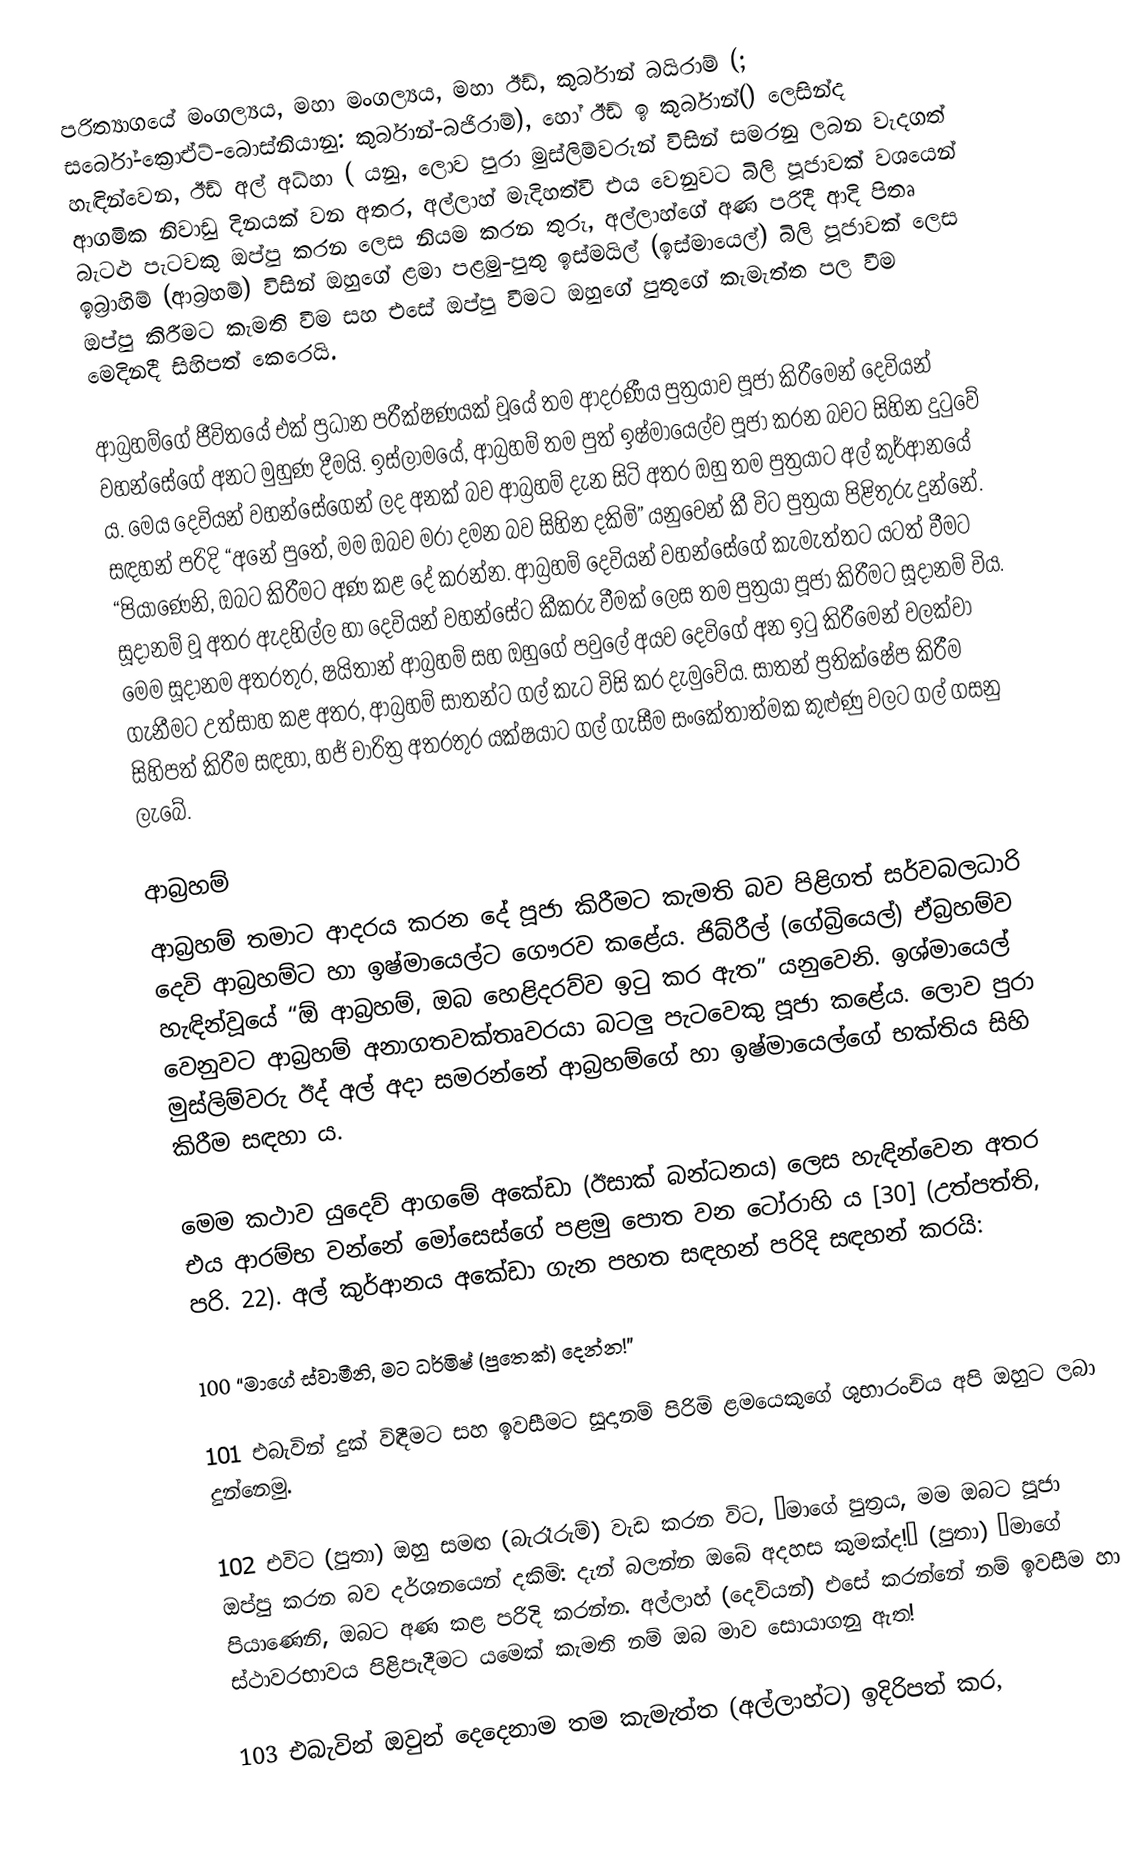
පරිත්‍යාගයේ මංගල්‍යය, මහා මංගල්‍යය, මහා ඊඩ්, කුර්බාන් බයිරාම් (; සර්බෝ-ක්‍රොඒට්-බොස්නියානු: කුර්බාන්-බජිරාම්), හෝ ඊඩ් ඉ කුර්බාන්() ලෙසින්ද හැඳින්වෙන, ඊඩ් අල් අධ්හා ( යනු, ලොව පුරා  මුස්ලිම්වරුන් විසින් සමරනු ලබන වැදගත්  ආගමික නිවාඩු දිනයක් වන අතර, අල්ලාහ් මැදිහත්වී එය වෙනුවට  බිලි පූජාවක් වශයෙන් බැටළු පැටවකු ඔප්පු කරන ලෙස නියම කරන තුරු, අල්ලාහ්ගේ අණ පරිදී  ආදි පිතෘ ඉබ්‍රාහිම් (ආබ්‍රහම්)  විසින් ඔහුගේ ළමා පළමු-පුතු  ඉස්මයිල් (ඉස්මායෙල්) බිලි පූජාවක් ලෙස ඔප්පු කිරීමට කැමති වීම සහ එසේ ඔප්පු වීමට ඔහුගේ පුතුගේ කැමැත්ත පල වීම මෙදිනදී සිහිපත් කෙරෙයි.

ආබ්‍රහම්ගේ ජීවිතයේ එක් ප්‍රධාන පරීක්ෂණයක් වූයේ තම ආදරණීය පුත්‍රයාව පූජා කිරීමෙන් දෙවියන් වහන්සේගේ අනට මුහුණ දීමයි. ඉස්ලාමයේ, ආබ්‍රහම් තම පුත් ඉෂ්මායෙල්ව පූජා කරන බවට සිහින දුටුවේ ය. මෙය දෙවියන් වහන්සේගෙන් ලද අනක් බව ආබ්‍රහම් දැන සිටි අතර ඔහු තම පුත්‍රයාට අල් කුර්ආනයේ සඳහන් පරිදි “අනේ පුතේ, මම ඔබව මරා දමන බව සිහින දකිමි” යනුවෙන්  කී විට පුත්‍රයා  පිළිතුරු දුන්නේ. “පියාණෙනි, ඔබට කිරීමට අණ කළ දේ කරන්න. ආබ්‍රහම් දෙවියන් වහන්සේගේ කැමැත්තට යටත් වීමට සූදානම් වූ අතර ඇදහිල්ල හා දෙවියන් වහන්සේට කීකරු වීමක් ලෙස තම පුත්‍රයා පූජා  කිරීමට සූදානම් විය. මෙම සූදානම අතරතුර, ෂයිතාන් ආබ්‍රහම් සහ ඔහුගේ පවුලේ අයව දෙවිගේ අන ඉටු කිරීමෙන් වලක්වා ගැනීමට උත්සාහ කළ අතර, ආබ්‍රහම් සාතන්ට ගල් කැට විසි කර දැමුවේය. සාතන් ප්‍රතික්ෂේප කිරීම සිහිපත් කිරීම සඳහා, හජ් චාරිත්‍ර අතරතුර යක්ෂයාට ගල් ගැසීම සංකේතාත්මක කුළුණු වලට ගල් ගසනු ලැබේ.

ආබ්‍රහම්
ආබ්‍රහම් තමාට ආදරය කරන දේ පූජා කිරීමට කැමති බව පිළිගත් සර්වබලධාරි දෙවි ආබ්‍රහම්ට හා ඉෂ්මායෙල්ට ගෞරව කළේය. ජිබ්රීල් (ගේබ්‍රියෙල්) ඒබ්‍රහම්ව හැඳින්වූයේ “ඕ ආබ්‍රහම්, ඔබ හෙළිදරව්ව ඉටු කර ඇත” යනුවෙනි. ඉශ්මායෙල් වෙනුවට ආබ්‍රහම් අනාගතවක්තෘවරයා බටලු  පැටවෙකු පූජා කළේය. ලොව පුරා මුස්ලිම්වරු ඊද් අල් අදා සමරන්නේ ආබ්‍රහම්ගේ   හා  ඉෂ්මායෙල්ගේ   භක්තිය සිහි  කිරීම සඳහා ය.

මෙම කථාව යුදෙව් ආගමේ අකේඩා (ඊසාක් බන්ධනය) ලෙස හැඳින්වෙන අතර එය ආරම්භ වන්නේ මෝසෙස්ගේ පළමු පොත වන ටෝරාහි ය [30] (උත්පත්ති, පරි. 22). අල් කුර්ආනය අකේඩා ගැන පහත සඳහන් පරිදි සඳහන් කරයි:

100 “මාගේ ස්වාමීනි, මට ධර්මිෂ් (පුතෙක්) දෙන්න!”

101 එබැවින් දුක් විඳීමට සහ ඉවසීමට සූදානම් පිරිමි ළමයෙකුගේ ශුභාරංචිය අපි ඔහුට ලබා දුන්නෙමු.

102 එවිට (පුතා) ඔහු සමඟ (බැරෑරුම්) වැඩ කරන විට, “මාගේ පුත්‍රය, මම ඔබට පූජා ඔප්පු කරන බව දර්ශනයෙන් දකිමි: දැන් බලන්න ඔබේ අදහස කුමක්ද!” (පුතා) “මාගේ පියාණෙනි, ඔබට අණ කළ පරිදි කරන්න. අල්ලාහ් (දෙවියන්) එසේ කරන්නේ නම් ඉවසීම හා ස්ථාවරභාවය පිළිපැදීමට යමෙක් කැමති නම් ඔබ මාව සොයාගනු ඇත!

103 එබැවින් ඔවුන් දෙදෙනාම තම කැමැත්ත (අල්ලාහ්ට) ඉදිරිපත් කර,